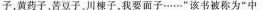
子，黄药子，苦豆子、川楝子，我要面子……”该书被称为”中